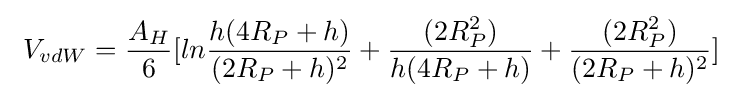
\ V_{vdW}={A_{H} \over 6}[ln{h(4R_{P}+h) \over (2R_{P}+h)^{2}}+{(2R_{P}^{2}) \over h(4R_{P}+h)}+{(2R_{P}^{2}) \over (2R_{P}+h)^{2}}]